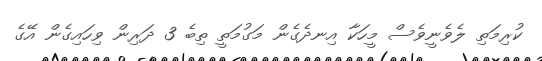
ކުރިމަތި ލެވެނީވެސް މީހަކާ އިނދެގެން މަގުމަތީ ތިބެ 3 ދަރިން ވިހައިގެން އޭގެ